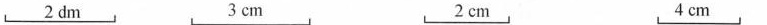
2dm 3dm 2dm 4dm